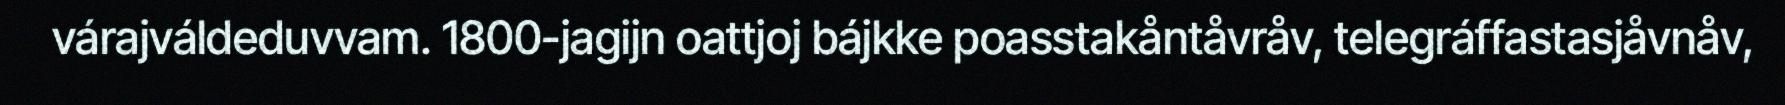
várajváldeduvvam. 1800-jagijn oattjoj bájkke poasstakåntåvråv, telegráffastasjåvnåv,